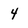
Character: 4